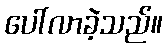
ပေါ်လာခဲ့သည်။